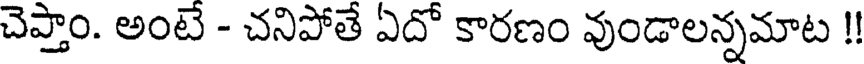
చెప్తాం. అంటే - చనిపోతే ఏదో కారణం వుండాలన్నమాట !!